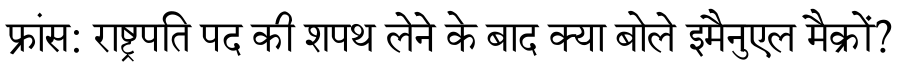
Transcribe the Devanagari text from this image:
फ्रांस: राष्ट्रपति पद की शपथ लेने के बाद क्या बोले इमैनुएल मैक्रों?